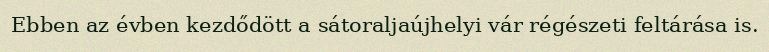
Ebben az évben kezdődött a sátoraljaújhelyi vár régészeti feltárása is.